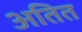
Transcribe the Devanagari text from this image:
अतित